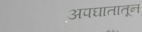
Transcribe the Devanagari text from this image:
अपघातातून